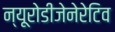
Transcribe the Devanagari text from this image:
न्यूरोडीजेनेरेटिव